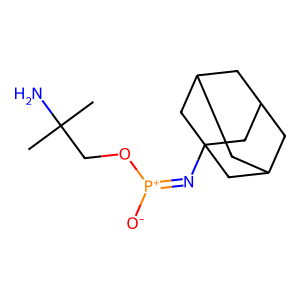
SMILES: CC(C)(N)CO[P+]([O-])=NC12CC3CC(CC(C3)C1)C2
Inhibits HIV replication: No